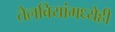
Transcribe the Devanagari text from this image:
तेलबियांमध्येही